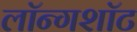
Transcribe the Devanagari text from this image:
लॉन्गशॉट